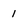
Character: 1